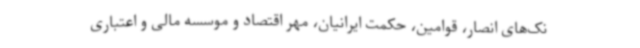
نک‌های انصار، قوامین، حکمت ایرانیان، مهر اقتصاد و موسسه مالی و اعتباری